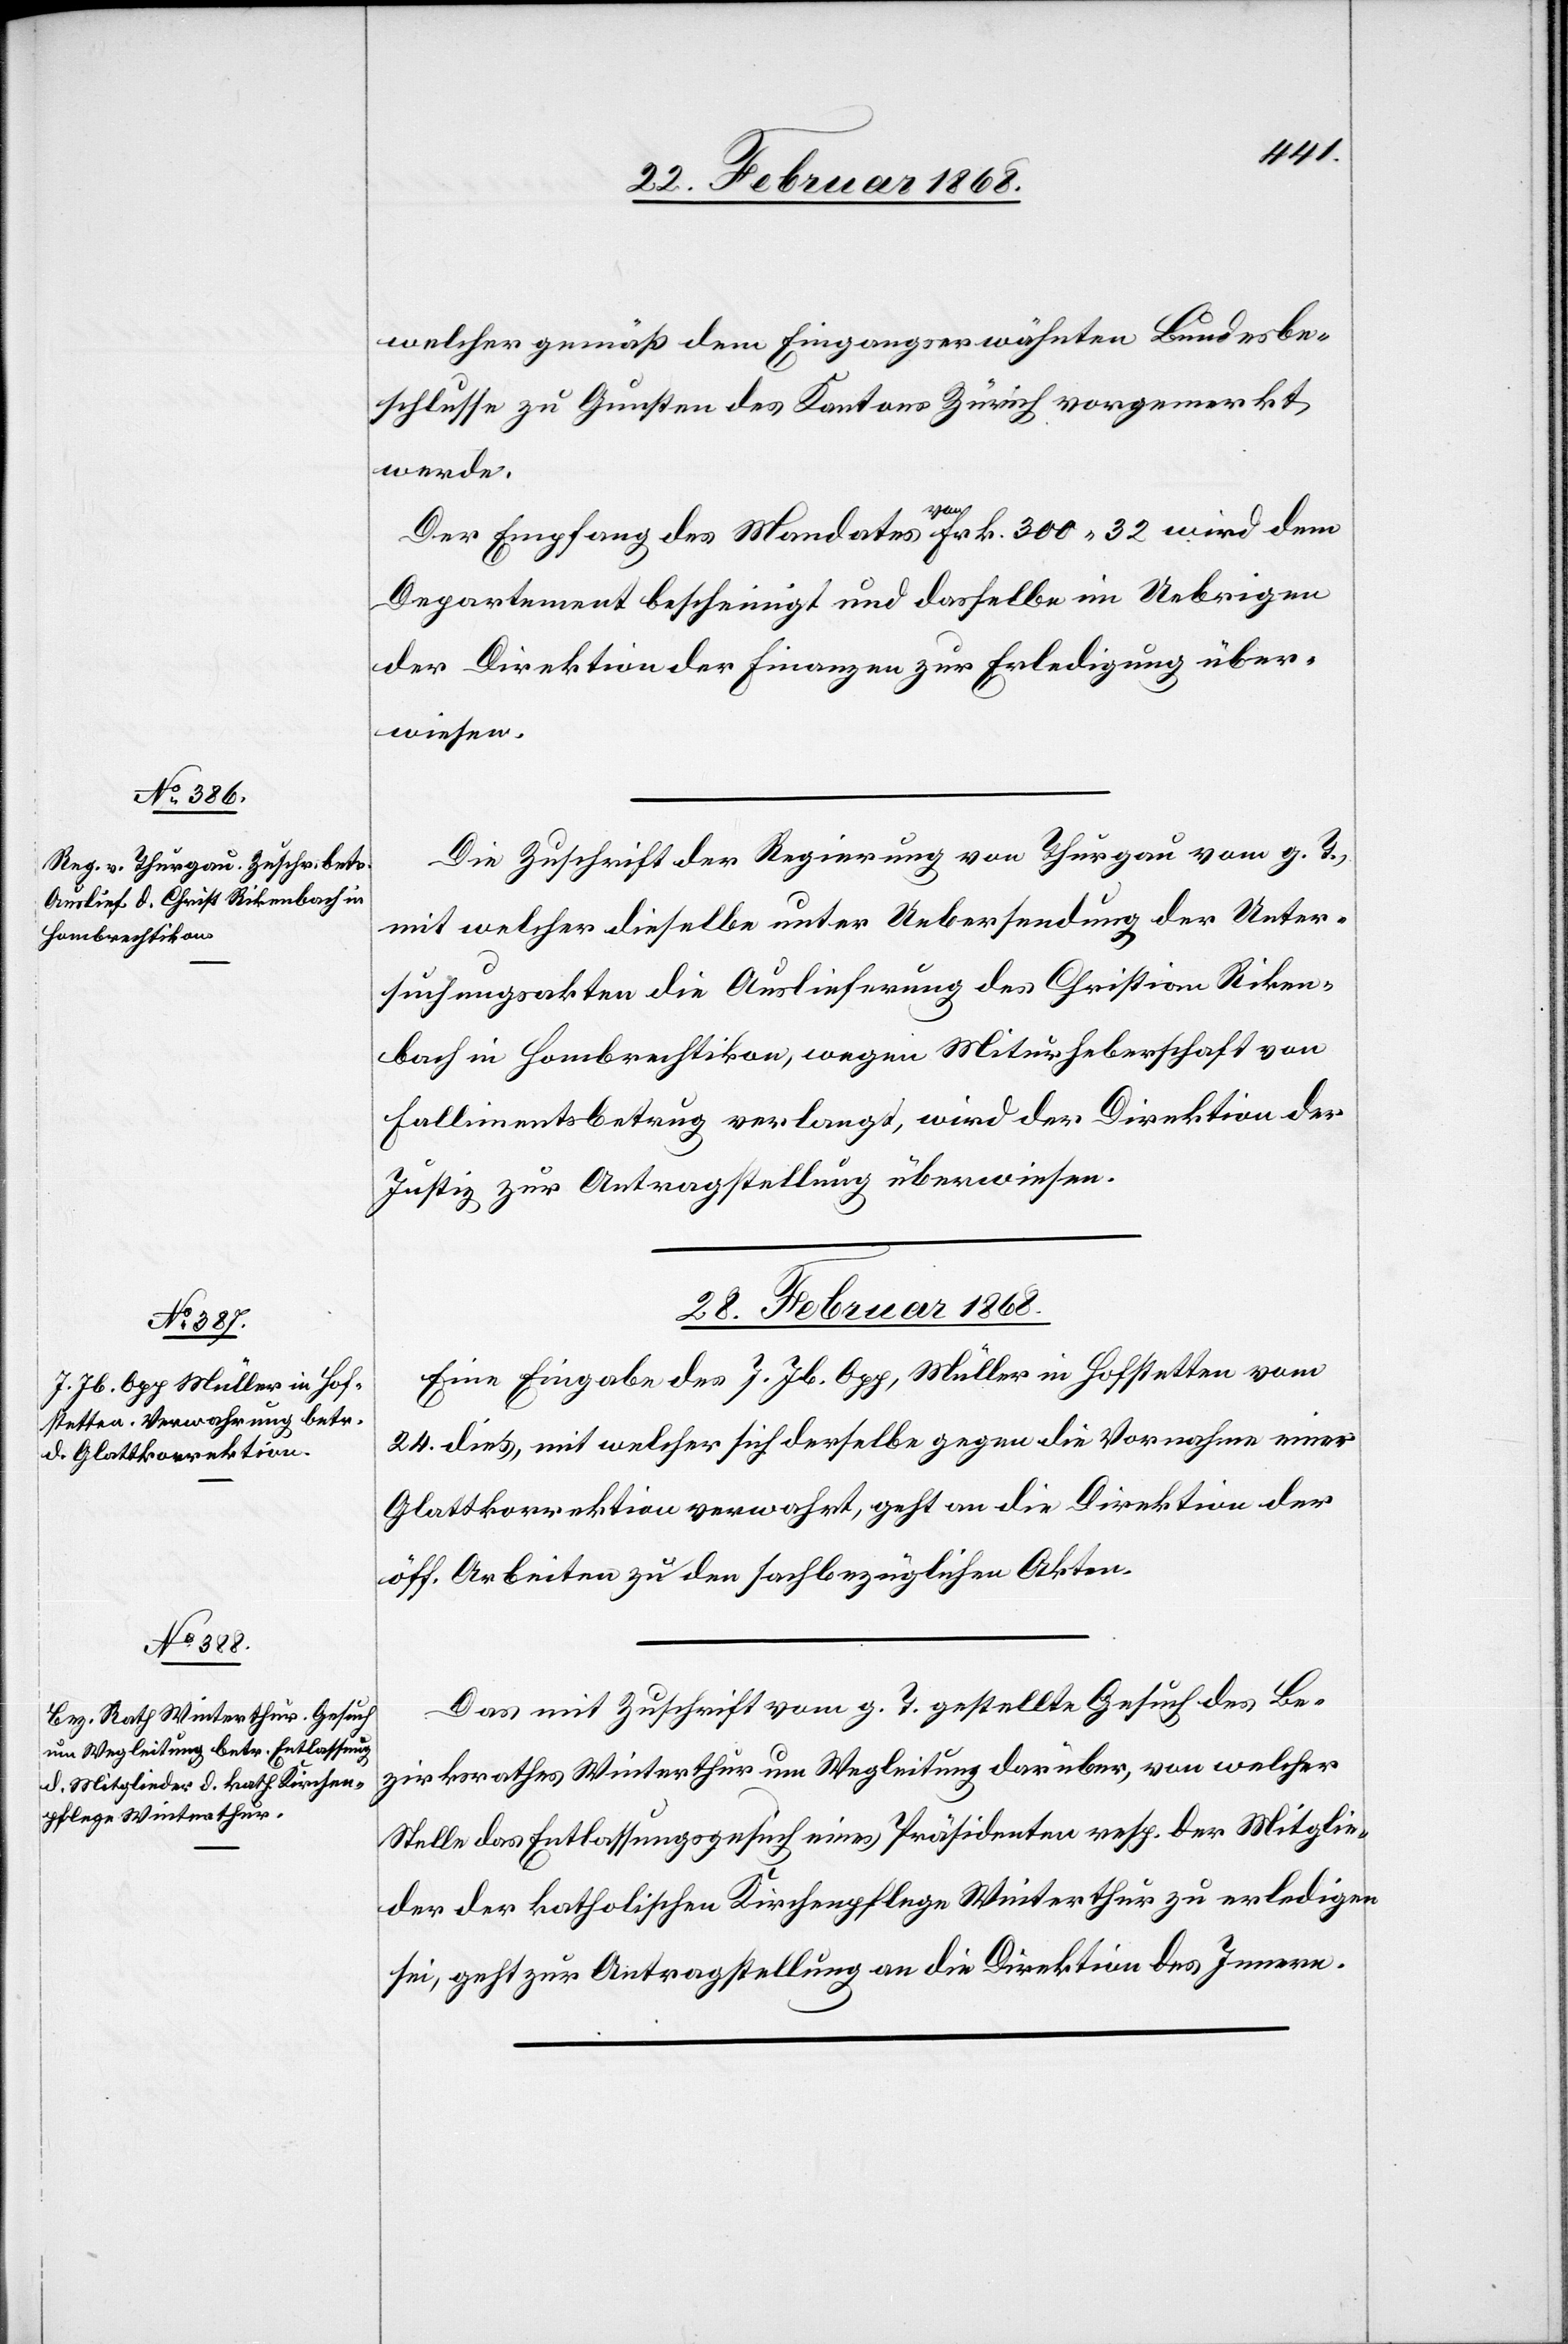
welcher gemäß dem Eingangserwähnten Bundesbe¬
schlusse zu Gunsten des Kantons Zürich vorgemerkt
werde.
Der Empfang des Mandates von Frk. 300. 32 wird dem
Departement bescheinigt und dasselbe im Uebrigen
der Direktion der Finanzen zur Erledigung über¬
wiesen.
Die Zuschrift der Regierung von Thurgau vom g. T.,
mit welcher dieselbe unter Uebersendung der Unter¬
suchungsakten die Auslieferung des Christian Riken¬
bach in Hombrechtikon, wegen Miturheberschaft von
Fallimentsbetrug verlangt, wird der Direktion der
Justiz zur Antragstellung überwiesen.
28. Februar 1868.]
Eine Eingabe des J. Jb. Opp, Müller in Hofstetten vom
24. dies, mit welcher sich derselbe gegen die Vornahme einer
Glattkorrektion verwahrt, geht an die Direktion der
öff. Arbeiten zu den sachbezüglichen Akten.
Das mit Zuschrift vom g. T. gestellte Gesuch des Be¬
zirksrathes Winterthur um Wegleitung darüber, von welcher
Stelle das Entlassungsgesuch eines Präsidenten resp. der Mitglie¬
der der katholischen Kirchenpflege Winterthur zu erledigen
sei, geht zur Antragstellung an die Direktion des Innern.